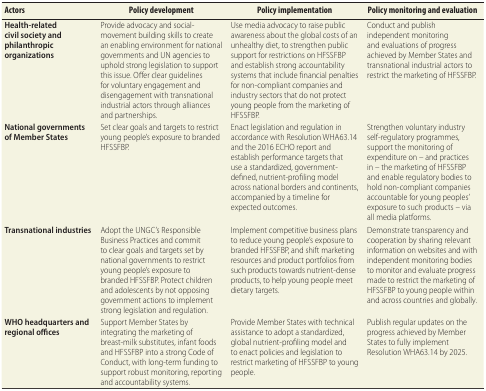
<table><thead><tr><td><b>Actors</b></td><td><b>Policy development</b></td><td><b>Policy implementation</b></td><td><b>Policy monitoring and evaluation</b></td></tr></thead><tbody><tr><td><b>Health-related civil society and philanthropic organizations</b></td><td>Provide advocacy and social-movement building skills to create an enabling environment for national governments and UN agencies to uphold strong legislation to support this issue. Offer clear guidelines for voluntary engagement and disengagement with transnational industrial actors through alliances and partnerships.</td><td>Use media advocacy to raise public awareness about the global costs of an unhealthy diet, to strengthen public support for restrictions on HFSSFBP and establish strong accountability systems that include financial penalties for non-compliant companies and industry sectors that do not protect young people from the marketing of HFSSFBP.</td><td>Conduct and publish independent monitoring and evaluations of progress achieved by Member States and transnational industrial actors to restrict the marketing of HFSSFBP.</td></tr><tr><td><b>National governments of Member States</b></td><td>Set clear goals and targets to restrict young people’s exposure to branded HFSSFBP.</td><td>Enact legislation and regulation in accordance with Resolution WHA63.14 and the 2016 ECHO report and establish performance targets that use a standardized, government-defined, nutrient-profiling model across national borders and continents, accompanied by a timeline for expected outcomes.</td><td>Strengthen voluntary industry self-regulatory programmes, support the monitoring of expenditure on – and practices in – the marketing of HFSSFBP and enable regulatory bodies to hold non-compliant companies accountable for young peoples’ exposure to such products – via all media platforms.</td></tr><tr><td><b>Transnational industries</b></td><td>Adopt the UNGC’s Responsible Business Practices and commit to clear goals and targets set by national governments to restrict young people’s exposure to branded HFSSFBP. Protect children and adolescents by not opposing government actions to implement strong legislation and regulation.</td><td>Implement competitive business plans to reduce young people’s exposure to branded HFSSFBP, and shift marketing resources and product portfolios from such products towards nutrient-dense products, to help young people meet dietary targets.</td><td>Demonstrate transparency and cooperation by sharing relevant information on websites and with independent monitoring bodies to monitor and evaluate progress made to restrict the marketing of HFSSFBP to young people within and across countries and globally.</td></tr><tr><td><b>WHO headquarters and regional offices</b></td><td>Support Member States by integrating the marketing of breast-milk substitutes, infant foods and HFSSFBP into a strong Code of Conduct, with long-term funding to support robust monitoring, reporting and accountability systems.</td><td>Provide Member States with technical assistance to adopt a standardized, global nutrient-profiling model and to enact policies and legislation to restrict marketing of HFSSFBP to young people.</td><td>Publish regular updates on the progress achieved by Member States to fully implement Resolution WHA63.14 by 2025.</td></tr></tbody></table>